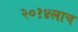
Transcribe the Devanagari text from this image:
२०१४लाच